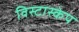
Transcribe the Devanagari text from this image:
विस्टास्केप